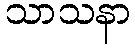
သာသနာ